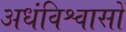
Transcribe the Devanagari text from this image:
अधंविश्वासों